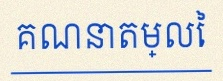
គណនាតម្លៃ